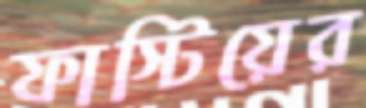
ফাস্টিয়ের